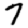
Digit: 7